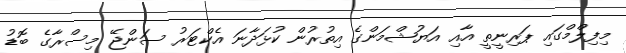
މިފިލްމްގައި ޕަރިނީތީ އާއި އަޔުޝްމަންގެ އިތުރުން ކުޅަދާނަ އެކްޓަރު ސަންޖޭ މިސްރާގެ ބޮޑު